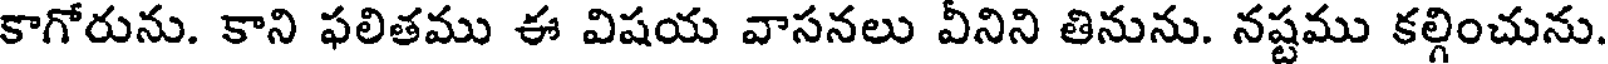
కాగోరును. కాని ఫలితము ఈ విషయ వాసనలు వీనిని తినును. నష్టము కల్గించును